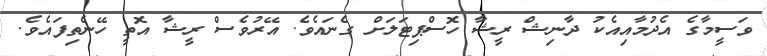
ވަސީމާގެ އެދުމާއިއެކު ދާނިޝް ރީޝާ ހޮސްޕިޓަލަށް ގެނައެވެ. އޭރުވެސް ރީޝާ އޮތީ ހޭނެތިފައެވެ.